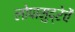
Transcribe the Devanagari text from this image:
लोपामुद्रेचें